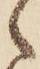
ゝ